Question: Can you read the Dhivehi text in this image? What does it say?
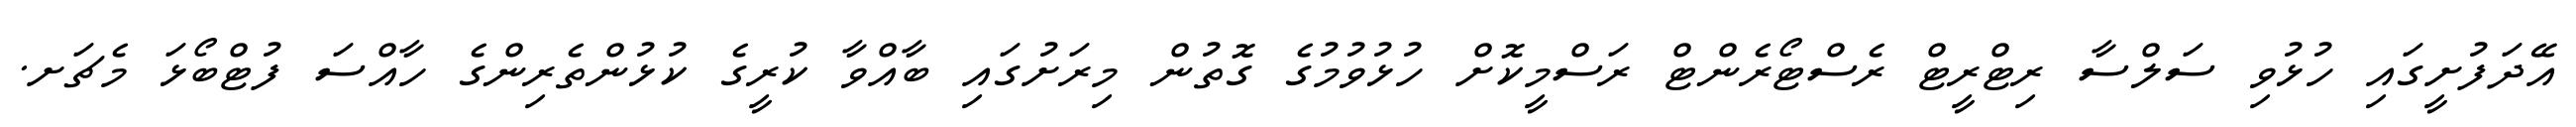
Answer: އޭދަފުށީގައި ހުޅުވި ސަލްސާ ރިޓްރީޓް ރެސްޓޯރެންޓް ރަސްމީކޮށް ހުޅުވުމުގެ ގޮތުން މިރަށުގައި ބާއްވާ ކުރީގެ ކުޅުންތެރިންގެ ހާއްސަ ފުޓްބޯޅަ މެޗަށ.